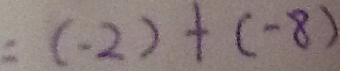
= ( - 2 ) + ( - 8 )